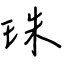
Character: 珠